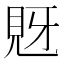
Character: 𧠖